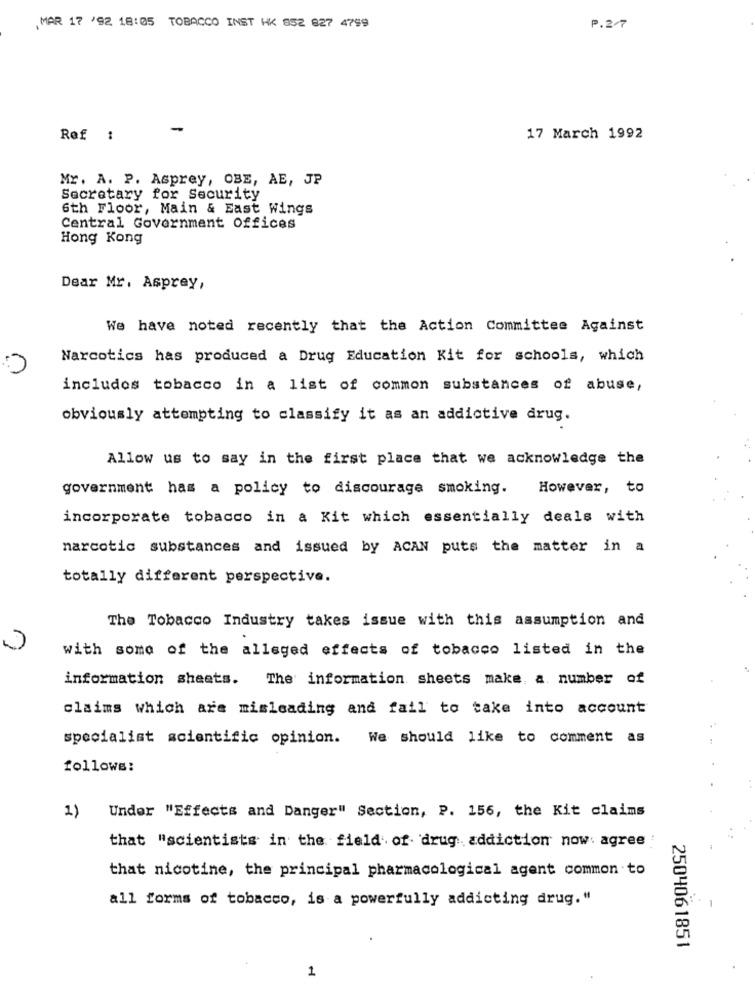
MAR 17 '92 18:05 TOBACCO INST HK 852 827 4799
P.2/7
-
Ref :
17 March 1992
Mr. A. P. Asprey, OBE, AE, JP
Secretary for Security
6th Floor, Main & East Wings
Central Government Offices
Hong Kong
Dear Mr. Asprey,
We have noted recently that the Action Committee Against
Narcotics has produced a Drug Education Kit for schools, which
includes tobacco in a list of common substances of abuse,
obviously attempting to classify it as an addictive drug.
Allow us to say in the first place that we acknowledge the
government has a policy to discourage smoking.
However, to
incorporate tobacco in a Kit which essentially deals with
narcotic substances and issued by ACAN puts the matter in a
totally different perspective.
The Tobacco Industry takes issue with this assumption and
with some of the alleged effects of tobacco listed in the
information sheets. The information sheets make a number of
claims which are misleading and fail to take into account
specialist scientific opinion. We should like to comment as
follows:
1)
Under "Effects and Danger" Section, P. 156, the Kit claims
that "scientists in the field of drug addiction now. agree
that nicotine, the principal pharmacological agent common to
all forms of tobacco, is a powerfully addicting drug."
2504061851
1